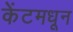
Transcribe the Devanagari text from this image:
केंटमधून